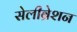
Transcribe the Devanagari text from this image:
सेलीब्रेशन